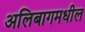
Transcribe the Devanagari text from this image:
अलिबागमधील